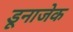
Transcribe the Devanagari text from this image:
डूनाजेक